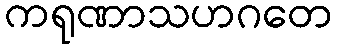
ကရုဏာသဟဂတေ